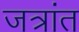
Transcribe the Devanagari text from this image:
जत्रांत